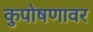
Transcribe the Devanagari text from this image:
कुपोषणावर